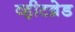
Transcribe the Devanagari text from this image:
व्हीटब्रेड